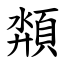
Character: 頮